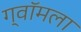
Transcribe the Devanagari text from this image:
ग्वॉमला